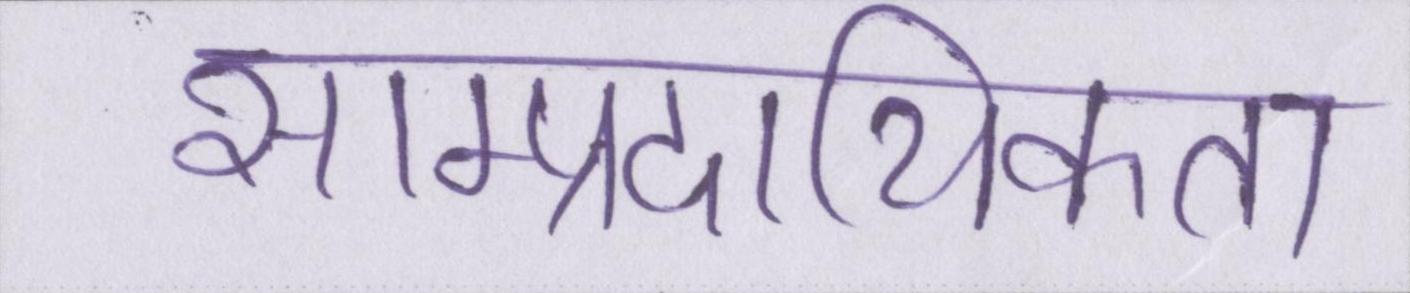
साम्प्रदायिकता